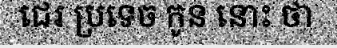
ជេរ ប្រទេច កូន នោះ ថា